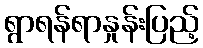
ရွာရန်ရာနှုန်းပြည့်